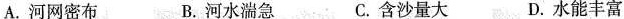
A. 河网密布 B. 河水湍急 C. 含沙量大 D. 水能丰富